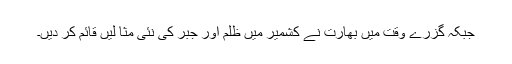
جبکہ گزرے وقت میں بھارت نے کشمیر میں ظلم اور جبر کی نئی مثا لیں قائم کر دیں۔